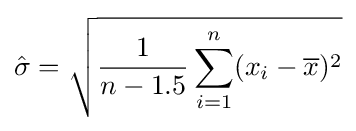
{\hat {\sigma }}={\sqrt {{\frac {1}{n-1.5}}\sum _{i=1}^{n}(x_{i}-{\overline {x}})^{2}}}